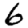
Digit: 6